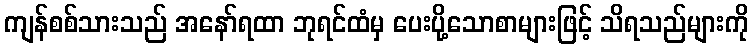
ကျန်စစ်သားသည် အနော်ရထာ ဘုရင်ထံမှ ပေးပို့သောစာများဖြင့် သိရသည်များကို